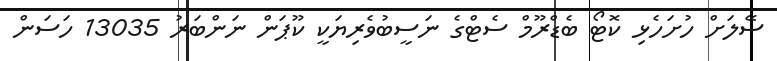
ސޭލަށް ހުށަހެޅި ކޮޓޯ ބެޑްރޫމް ސެޓްގެ ނަސީބުވެރިޔަކީ ކޫޕަން ނަންބަރު 13035 ހަސަން